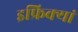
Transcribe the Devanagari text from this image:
इफ्रिक्यां